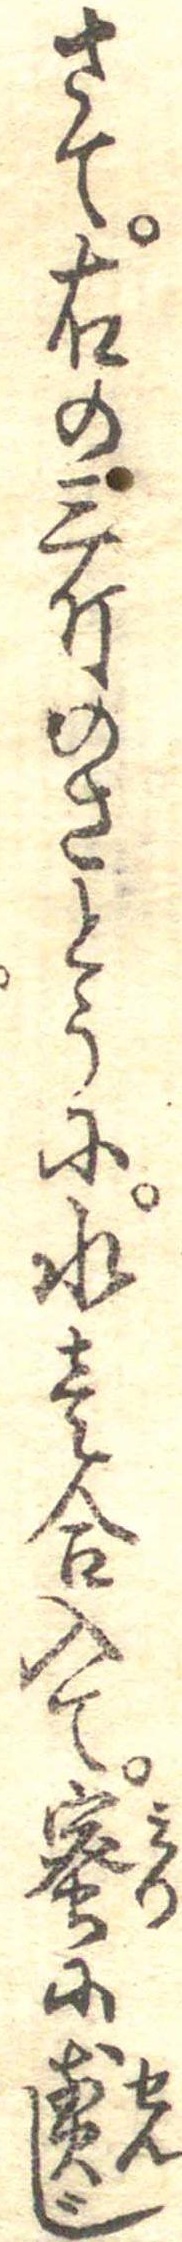
さて右の三斤のさとうに水壱合入て蜜に煎じ